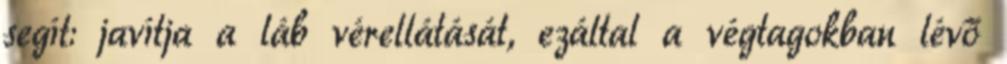
segít: javítja a láb vérellátását, ezáltal a végtagokban lévő